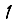
Digit: 1